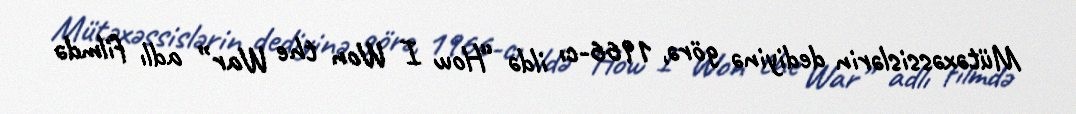
Mütəxəssislərin dediyinə görə, 1966-cı ildə “How I Won the War” adlı filmdə